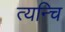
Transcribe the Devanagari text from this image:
त्यन्चि